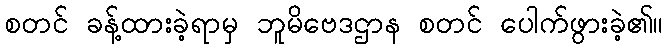
စတင် ခန့်ထားခဲ့ရာမှ ဘူမိဗေဒဌာန စတင် ပေါက်ဖွားခဲ့၏။